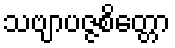
သဗျာပဇ္ဇစိတ္တော